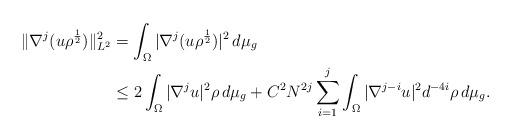
LaTeX: \begin{align*}\| \nabla^j (u\rho^{\frac{1}{2}}) \|^2_{L^2} & = \int_\Omega |\nabla^j (u\rho^{\frac{1}{2}})|^2\, d\mu_g \\&\le 2 \int_\Omega | \nabla^j u|^2 \rho\, d\mu_g + C^2N^{2j} \sum_{i=1}^j \int_\Omega |\nabla^{j-i} u |^2 d^{-4i} \rho\, d\mu_g.\end{align*}